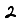
Digit: 2